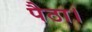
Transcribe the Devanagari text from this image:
पैठा।